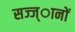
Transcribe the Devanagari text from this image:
सज्ज्ानों